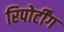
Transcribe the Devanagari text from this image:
रिपोर्टींग